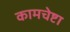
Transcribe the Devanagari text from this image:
कामचेष्टा